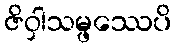
ဇိဝှါသမ္ဖဿေပိ